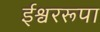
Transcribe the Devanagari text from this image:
ईश्वररूपा